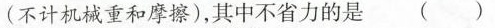
(不计机械重和摩擦)，其中不省力的是 (